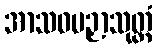
အာသဝပဉှာသုတ္တံ